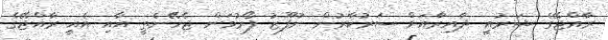
ރާއްޖޭގެ ޝަރުއީ ދާއިރާއަށް ސަރުކާރުން ނުފޫޒު ފޯރުވަން ޖެހޭނެތީ އާއި އެއީ ރާއްޖޭގެ